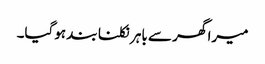
میرا گھر سے باہر نکلنا بند ہوگیا۔